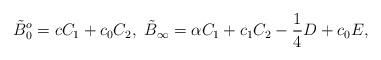
LaTeX: \begin{align*}\tilde{B}_{0}^{o} = c C_{1} + c_{0} C_{2},\ \tilde{B}_{\infty} = \alpha C_{1} + c_{1} C_{2} -\frac{1}{4} D + c_{0}E,\end{align*}